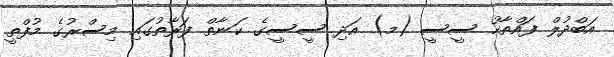
އަބްދުލް ފައްތާހު ސީސީ (މ) އަދި ސީސީގެ ކަނާތް ފަރާތުގައި މިސްރުގެ މުފްތީ